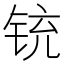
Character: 铳